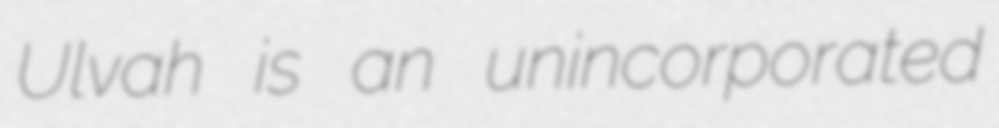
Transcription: Ulvah is an unincorporated